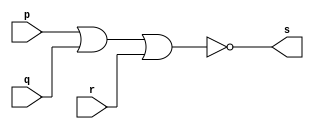
// --------------------------
// Guia 01 - Exercicio 02
// Marco Antonio Maciel Belo
// --------------------------

// ---------------------
// -- nor gate ~ 3
// ---------------------

module norgate(s, p, q, r);
	output s;
	input p, q, r;
	
	assign s = ~(p | q | r);
	
endmodule

// ---------------------
// test norgate
// ---------------------

module testnorgate;
	reg a,b,c;
	wire s;
				// instancia
	norgate NOR1 (s, a,b,c);
			   // parte principal
	initial begin
		$display("Guia 01 - Exercicio 02\nMarco Antonio Maciel Belo - 410796");
      $display("Norgate");
      $display("\n~(a | b | c) = s\n");
		a=0; b=0; c=0;
		#1  $display("~(%b | %b | %b) = %b", a, b, c, s);
		a=0; b=0; c=1;
		#1  $display("~(%b | %b | %b) = %b", a, b, c, s);
		a=0; b=1; c=0;
		#1  $display("~(%b | %b | %b) = %b", a, b, c, s);
		a=0; b=1; c=1;
		#1  $display("~(%b | %b | %b) = %b", a, b, c, s);
		a=1; b=0; c=0;
		#1  $display("~(%b | %b | %b) = %b", a, b, c, s);
		a=1; b=0; c=1;
		#1  $display("~(%b | %b | %b) = %b", a, b, c, s);
		a=1; b=1; c=0;
		#1  $display("~(%b | %b | %b) = %b", a, b, c, s);
		a=1; b=1; c=1;
		#1  $display("~(%b | %b | %b) = %b", a, b, c, s);		
		end
endmodule